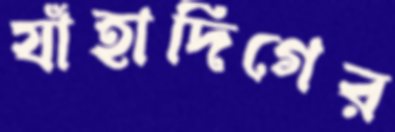
যাঁহাদিগের